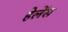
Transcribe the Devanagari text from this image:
हेलेंस